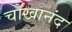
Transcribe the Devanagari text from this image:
चोखानंद